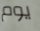
يوم